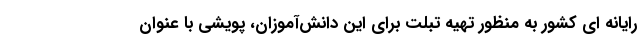
رایانه ای کشور به منظور تهیه تبلت برای این دانش‌آموزان، پویشی با عنوان